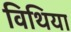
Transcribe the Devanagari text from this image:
विथिया